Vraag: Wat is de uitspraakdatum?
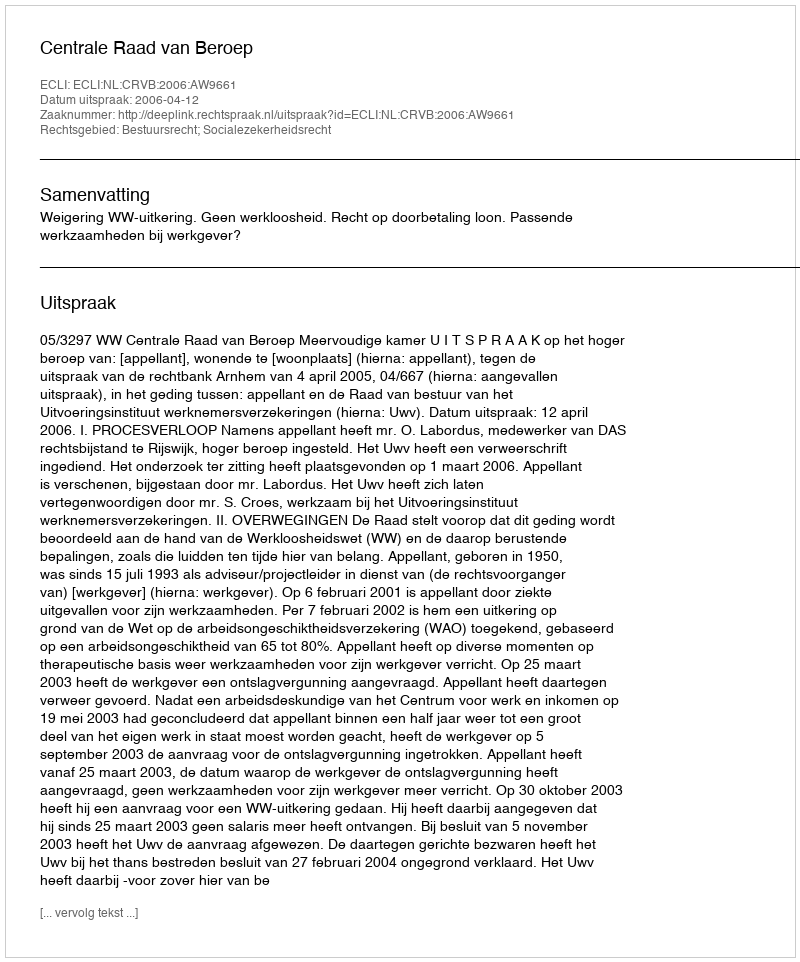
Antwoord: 2006-04-12